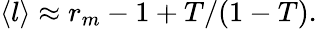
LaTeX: \langle l\rangle\approx r_{m}-1+T/(1-T).